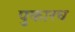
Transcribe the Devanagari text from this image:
पुकारच